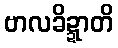
ဗာလခိဍ္ဍာတိ